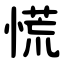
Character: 慌